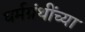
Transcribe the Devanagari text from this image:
घर्मग्रंथींच्या